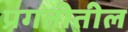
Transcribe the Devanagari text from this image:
प्रगतीतील